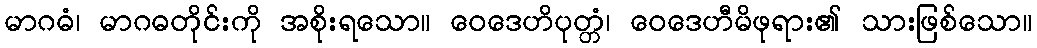
မာဂဓံ၊ မာဂဓတိုင်းကို အစိုးရသော။ ဝေဒေဟိပုတ္တံ၊ ဝေဒေဟီမိဖုရား၏ သားဖြစ်သော။